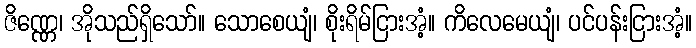
ဇိဏ္ဏေ၊ အိုသည်ရှိသော်။ သောစေယျံ၊ စိုးရိမ်ငြားအံ့။ ကိလေမေယျံ၊ ပင်ပန်းငြားအံ့။